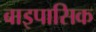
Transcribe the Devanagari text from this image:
बाइपासिक